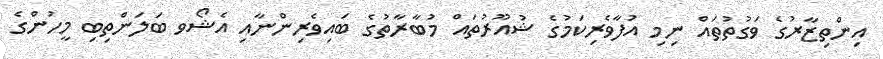
އިންތިޒާރުގެ ވަގުތުތައް ނިމި އުފާވެރިކަމުގެ ޝުއޫރުތައް މުބާރާތުގެ ބައިވެރިންނާއި އެޝޯވ ބަލަންތިބި މީހުންގެ